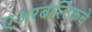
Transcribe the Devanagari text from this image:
एअरबाल्टिकचे